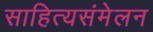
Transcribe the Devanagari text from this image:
साहित्यसंमेलन